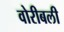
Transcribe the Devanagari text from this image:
वोरीबली